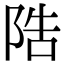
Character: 䧊